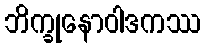
ဘိက္ခုနောဝါဒကဿ